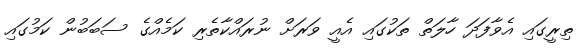
ތިރީގައި އެވާފަދަ ހާލަތް ތަކުގައި އެއީ ވަރަށް ނުރައްކާތެރި ކަމެއްގެ ސަބަބުން ކަމުގައި